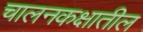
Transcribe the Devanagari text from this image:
चालनकक्षातील